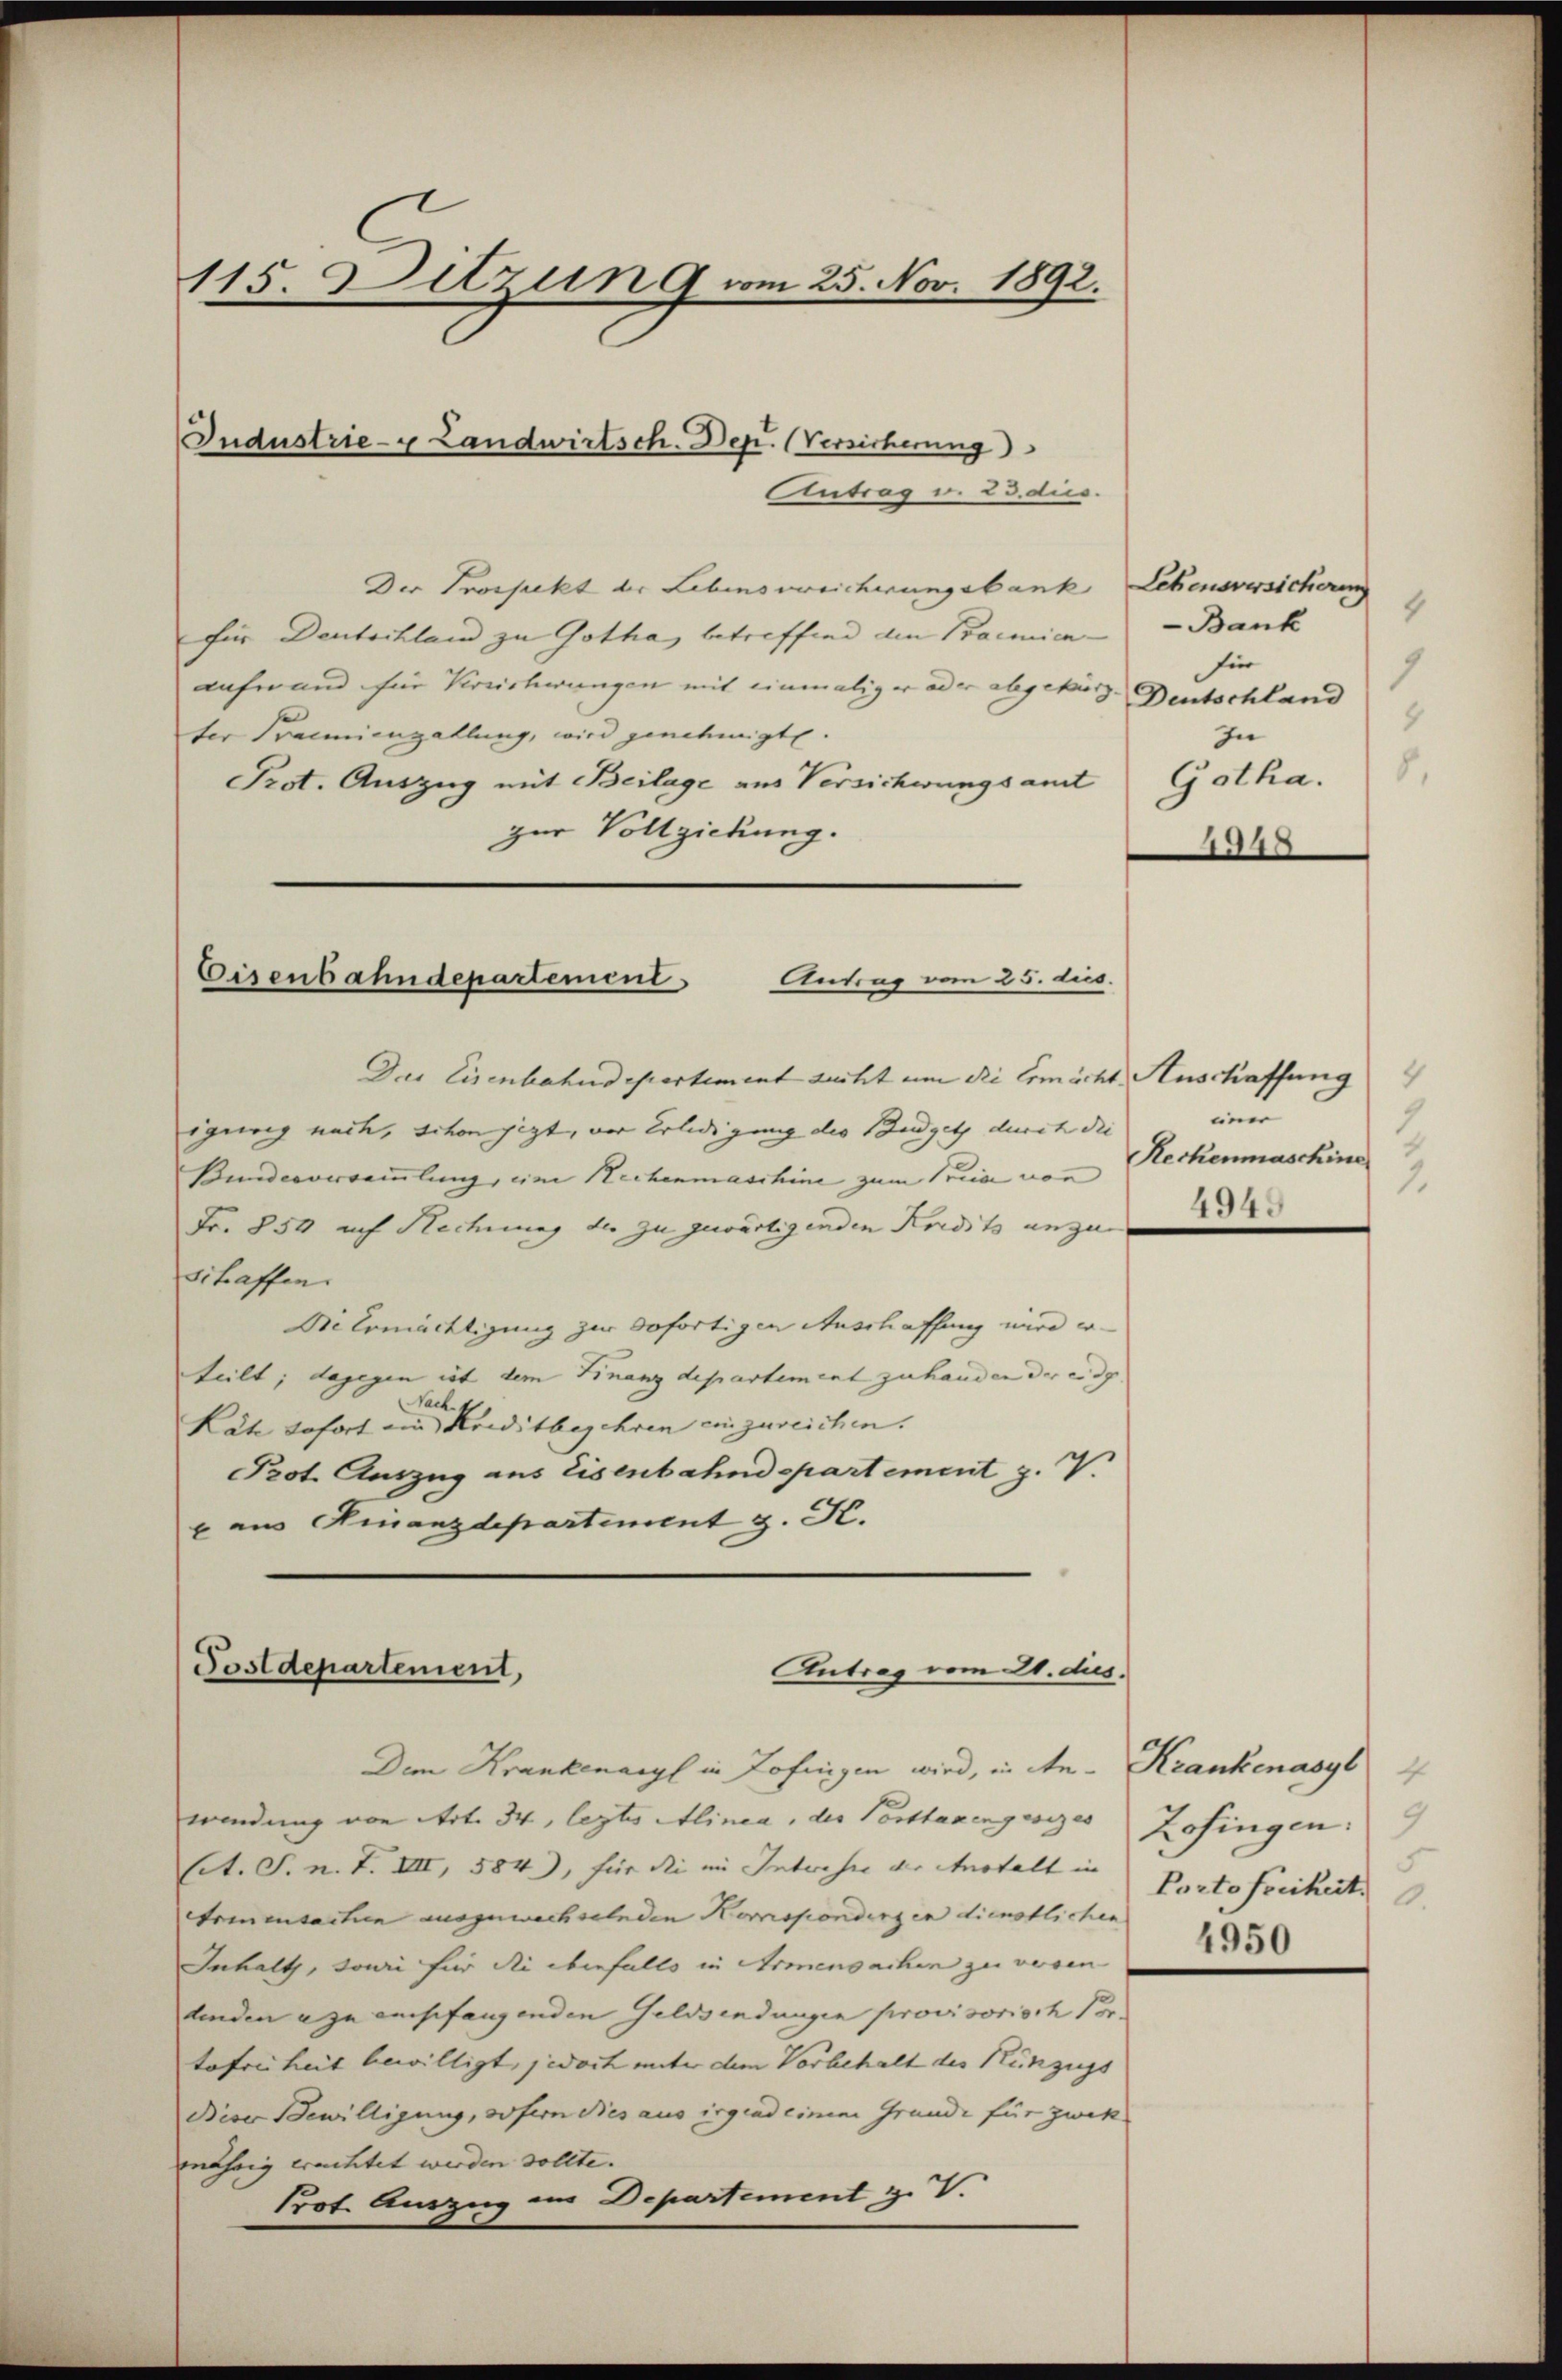
115. Ditzun 9 vom 25. Nov. 1892.

Der Projekt der Lebensvereicherungsbank, Lebensversicherung
für Deutschland zu Gotha, betreffend den Praemien-
aufer und für Verrichwungen mit einmaliger oder abgekürz
ter Praemienzahlung, wird genehmigte.
Prot. Auszug mit Beilage aus Versichwungsamt
zur Vollziehung.
Cisenbahndepartement
Antrag vom 25. dies.

Industrie- u Landwirtsch. Dep. (Versicherung
Antrag u. 23. dus.

Postdepartement,
Antrag vom 20. dus.
Dem Krankenangl in Zofingen wird, in An- Krankenasyl

Das Eisenbahndepartement sucht um die Ermächt Auschaffung
igewig nach, schon jezt, der Erledigung des Budgets durch die |
Bundersammlung, im Hechenmaschine zum Trica von
Fr. 850 auf Rechnung der zu gewärtigenden Kredits anzun
schaffen.
Diermächtigung zur sofortigen Anschaffung wird erteilt; dagegen ist dem Finanzdepartement zu hander der eidg.
Nach
Räte sofort ein Kreditbegehren einzureichen.
Prot. Auszug aus Eisenbahndepartement z. V.
x aus Finanzdepartement z. K.

9
Bank
für
1
Deutschland
8
In
8.
Gotha.
34

wendung von Art. 34, legtes Alinea, der Posttaxengesezes Zofingen:
(lt. S. n. F. VIII, 584), für die im Intereser der Anstalt in Portofreiheit
Armensacten ausgewachselnden Korrspondingen dienstlichen
Inhalt, sowie für die ebenfalls in Armensachen zu verren
denden a zu empfangenden Geldsendungen provisorisch Vortofreiheit bewilligt jedoch unter dem Vorbehalt des Hinzugs
Diser Bewilligung, sofern dies aus irgend einem Grunde für zwek
mährig ermittet werden sollte. |
Prot. Auszug im Departement z.V.

einer |
1
Reckenmaschine
1.

494

4
5
4950